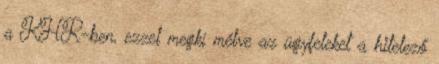
a KHR-ben, ezzel megkí mélve az ügyfeleket a hitelező